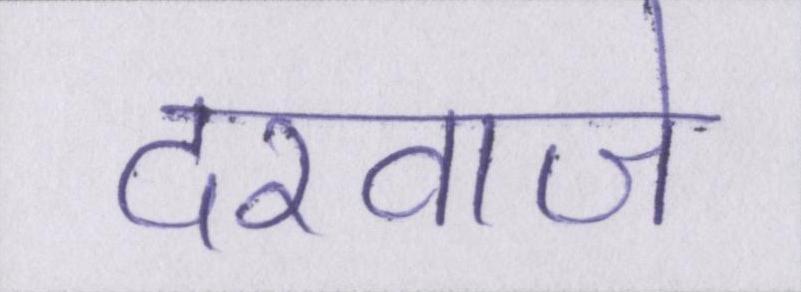
दरवाजे